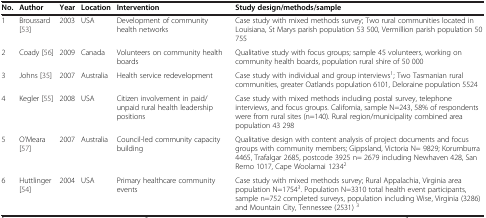
| No. | Author | Year | Location | Intervention | Study design/methods/sample |
 | --- | --- | --- | --- | --- | --- |
 | 1 | Broussard [53] | 2003 | USA | Development of community health networks | Case study with mixed methods survey; Two rural communities located in Louisiana, St Marys parish population 53 500, Vermillion parish population 50 755 |
 | 2 | Coady [56] | 2009 | Canada | Volunteers on community health boards | Qualitative study with focus groups; sample 45 volunteers, working on community health boards, population rural shire of 50 000 |
 | 3 | Johns [35] | 2007 | Australia | Health service redevelopment | Case study with individual and group interviews1; Two Tasmanian rural communities, greater Oatlands population 6101, Deloraine population 5524 |
 | 4 | Kegler [55] | 2008 | USA | Citizen involvement in paid/unpaid rural health leadership positions | Case study with mixed methods including postal survey, telephone interviews, and focus groups. California, sample N=243, 58% of respondents were from rural sites (n=140). Rural region/municipality combined area population 43 298 |
 | 5 | O'Meara [57] | 2007 | Australia | Council-led community capacity building | Qualitative design with content analysis of project documents and focus groups with community members; Gippsland, Victoria N= 9829; Korumburra 4465, Trafalgar 2685, postcode 3925 n= 2679 including Newhaven 428, San Remo 1017, Cape Woolamai 12342 |
 | 6 | Huttlinger [54] | 2004 | USA | Primary healthcare community events | Case study with mixed methods survey; Rural Appalachia, Virginia area population N=17543. Population N=3310 total health event participants, sample n=752 completed surveys, population including Wise, Virginia (3286) and Mountain City, Tennessee (2531) 3 |